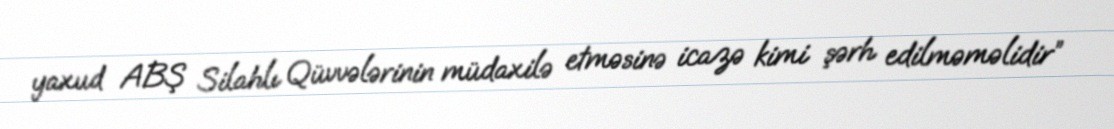
yaxud ABŞ Silahlı Qüvvələrinin müdaxilə etməsinə icazə kimi şərh edilməməlidir”